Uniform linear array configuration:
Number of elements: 4
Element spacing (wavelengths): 0.25
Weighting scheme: binomial
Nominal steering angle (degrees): -30
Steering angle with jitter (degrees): -29.519
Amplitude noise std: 0.05
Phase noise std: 0.05

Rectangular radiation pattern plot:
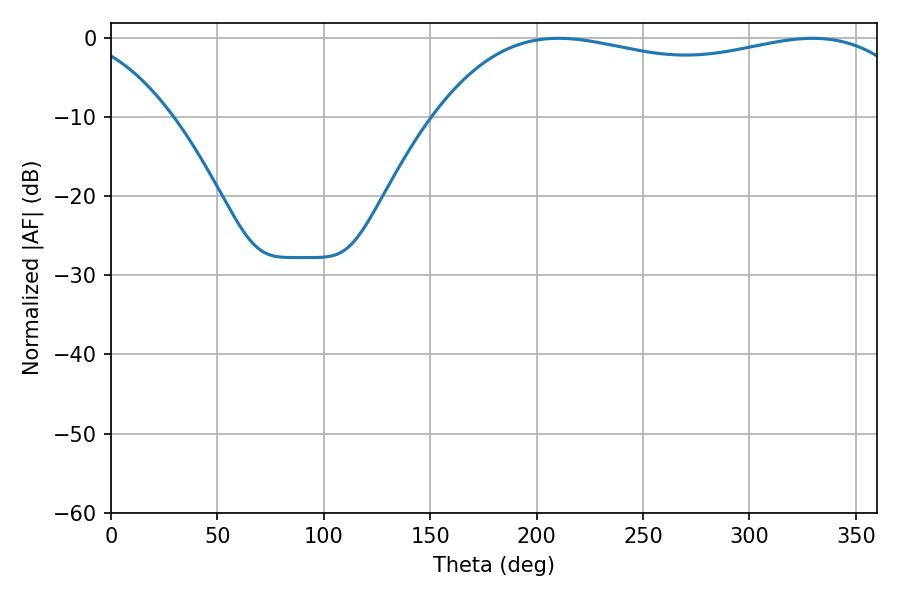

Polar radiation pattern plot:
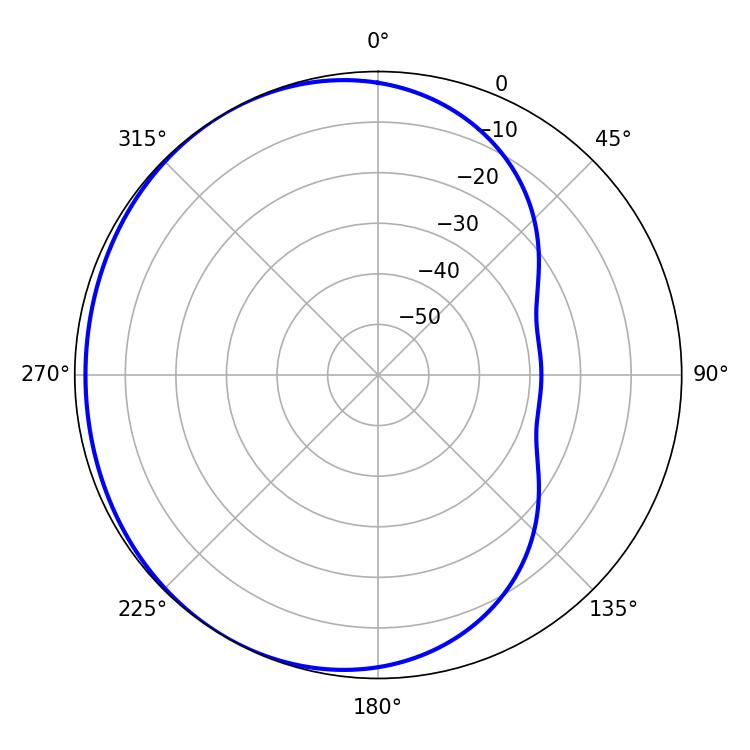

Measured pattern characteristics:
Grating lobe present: FALSE
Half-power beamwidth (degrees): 184.32
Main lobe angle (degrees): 210.24